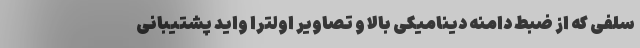
سلفی که از ضبط دامنه دینامیکی بالا و تصاویر اولترا واید پشتیبانی